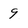
Character: 9